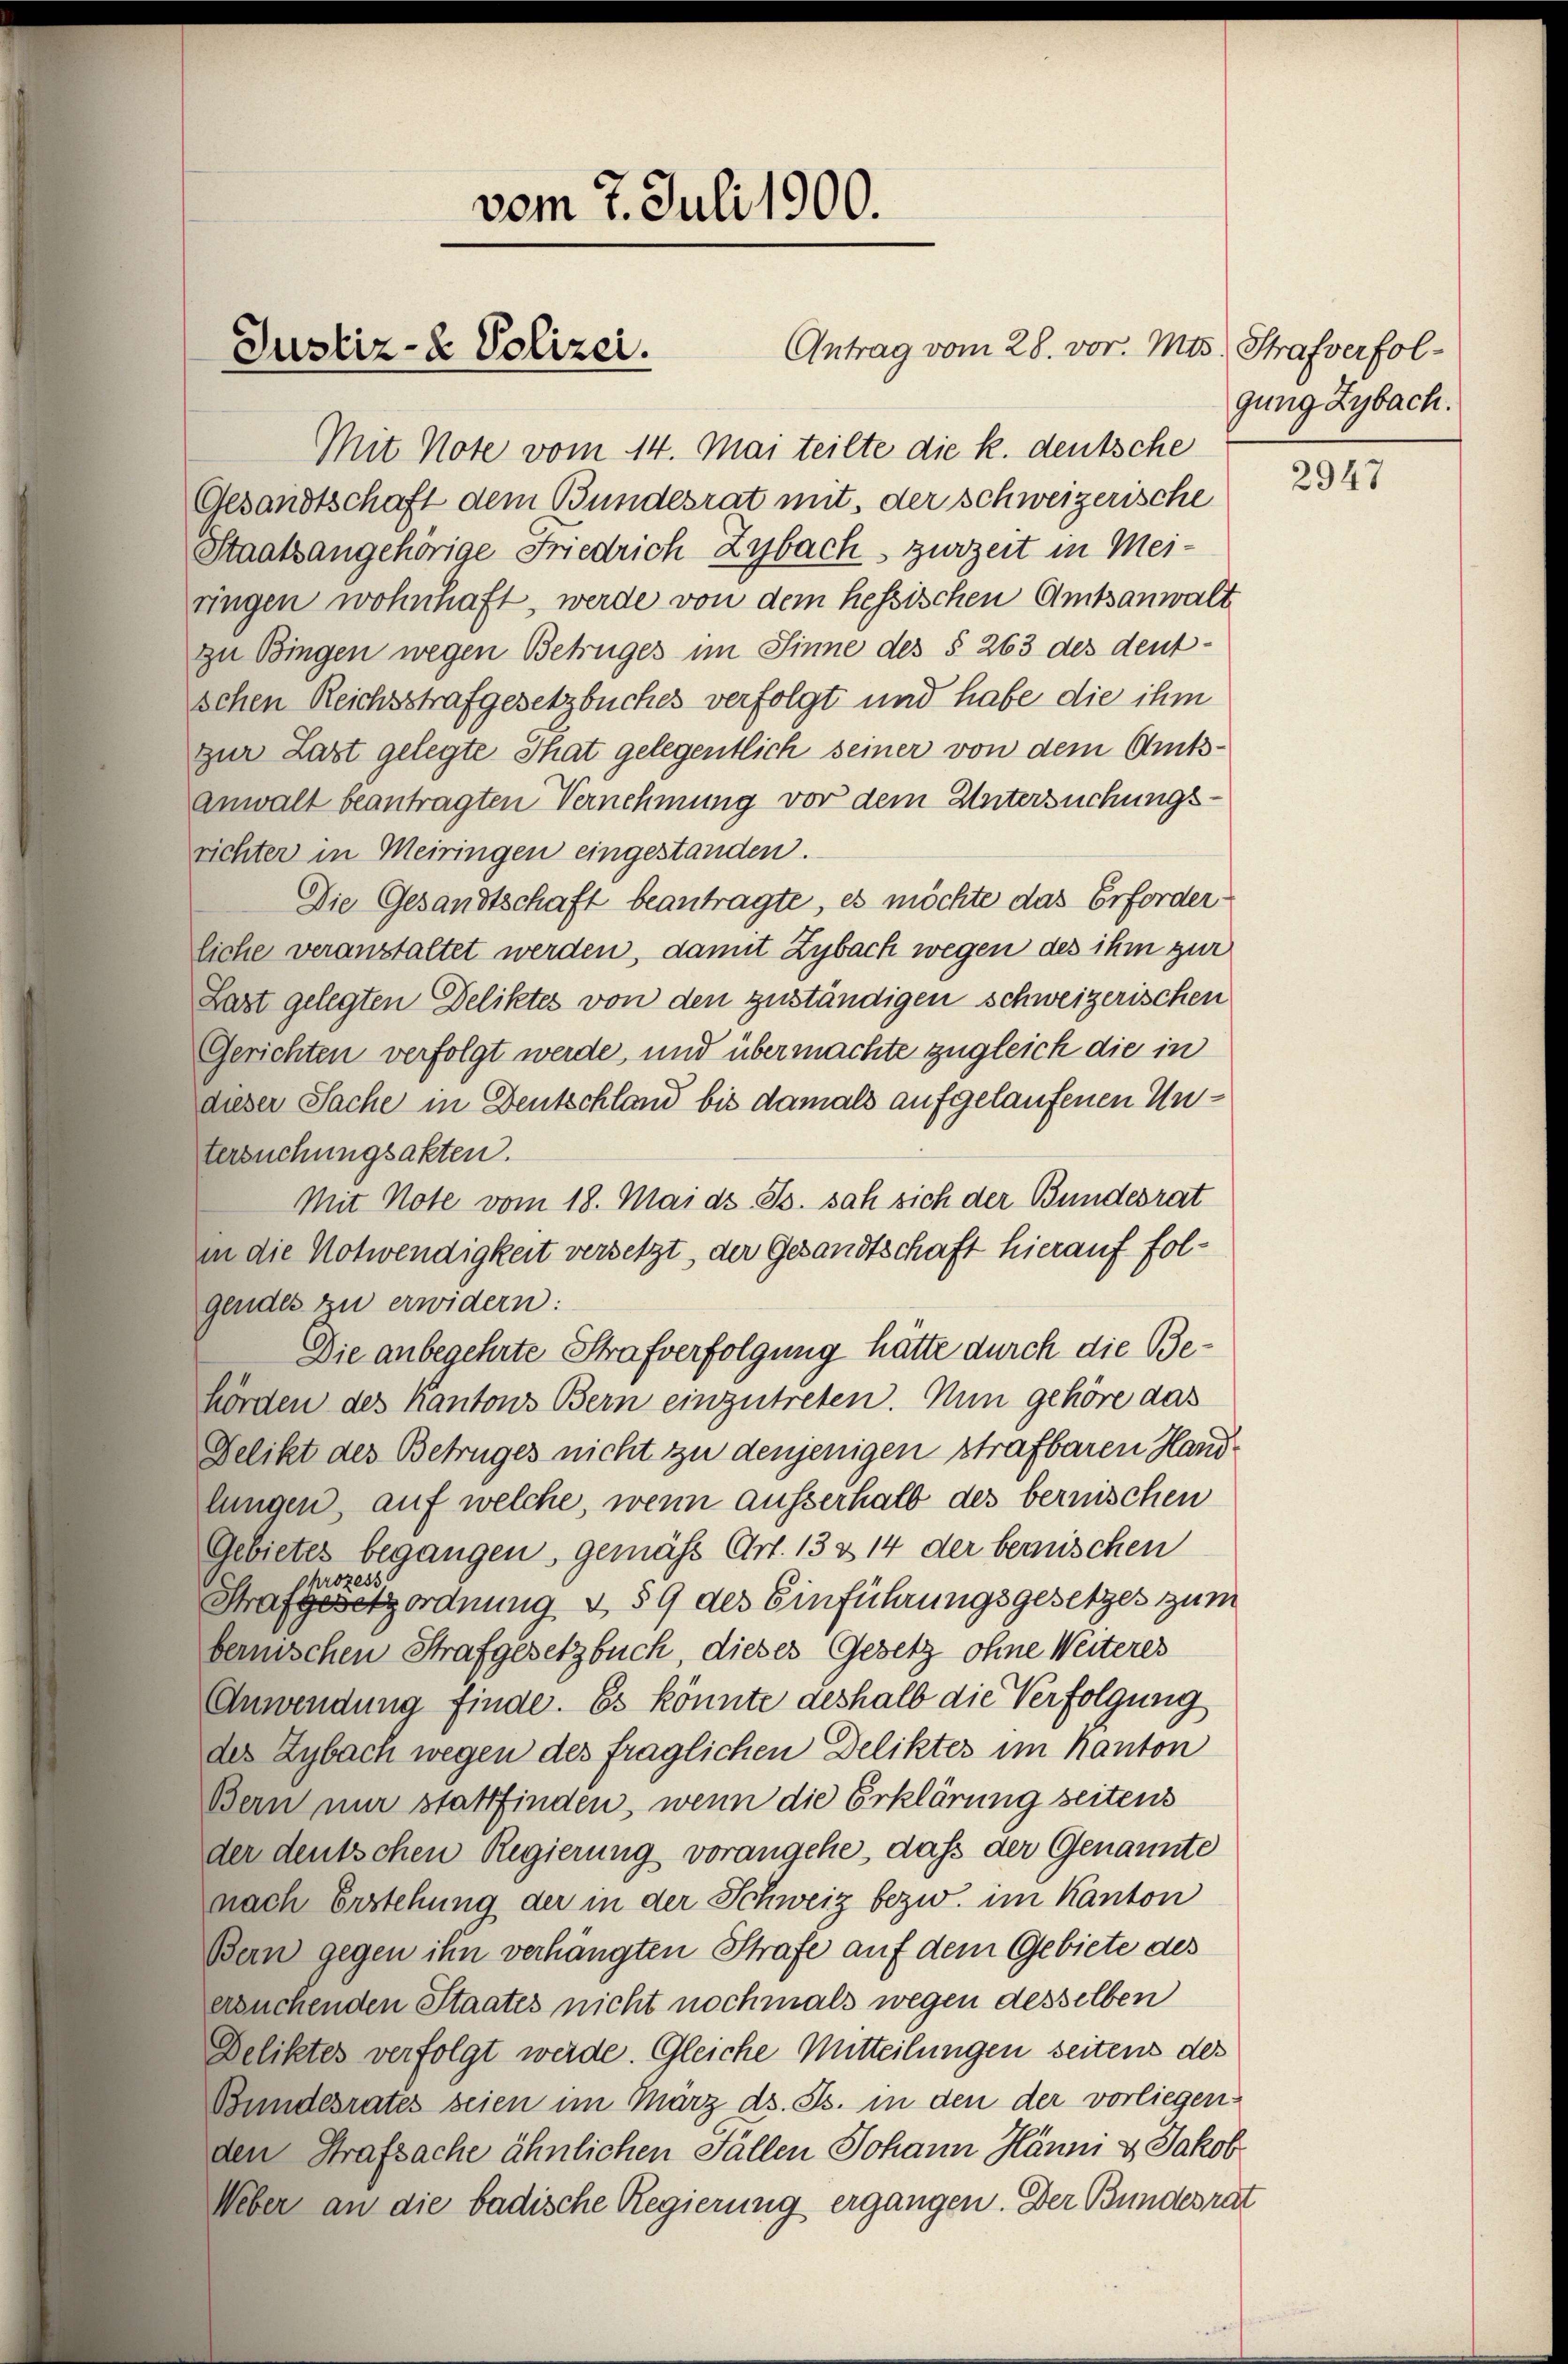
Mit Note vom 14. Mai teilte die k. deutsche
Gesandtschaft dem Bundesrat mit, der schweizerische
Staatsangehörige Friedrich Zybach, zwozeit in Meiringen wohnhaft, werde von dem hessischen Amtsanwalt
zu Bingen wegen Betruges im Sinne des § 263 des deutschen Reichsstrafgesetzbuches verfolgt und habe die ihm
zur Last gelegte That gelegentlich seiner von dem Amtsanwalt beantragten Vernehmung vor dem Untersuchungsrichter in Meiringen eingestanden.
Die Gesandtschaft beantragte, es möchte das Erforder
liche veranstaltet werden, damit Zybach wegen des ihm zur
Last gelegten Deliktes von den zuständigen schweizerischen
Gerichten verfolgt werde, und übermachte zugleich die in
dieser Sache in Deutschland bis damals aufgelaufenen Untersuchungsakten.
Mit Note vom 18. Mai d. Js. sah sich der Bundesrat
in die Notwendigkeit versetzt, der Gesandtschaft hierauf folgendes zu erwidern:
Die anbegehrte Strafverfolgung hatte durch die Behörden des Kantons Bern einzutreten. Nun gehöre das
Delikt des Betruges nicht zu denjenigen strafbaren Handlungen, auf welche, wenn ausserhalb des bernischen
Gebietes begangen, gemäß Art. 13 & 14 der berischen
hrozess
Strafgesetzordnung & 59 des Einführungsgesetzes zum
bemischen Strafgesetzbuch dieses Gesetz ohne Weiteres
Anwendung finde. Es könnte deshalb die Verfolgung
des Zybach wegen des fraglichen Deliktes im Kanton
Bern nur stattfinden, wenn die Erklärung seitens
der deutschen Regierung vorangehe, dass der Genannte
nach Erstehung der in der Schweiz bezw. im Kanton
Bern gegen ihn verhängten Strafe auf dem Gebiete des
ersuchenden Staates nicht nochmals wegen desselben
Deliktes verfolgt werde. Gleiche Mitteilungen seitens des
Bundesrates seien im März ds. Gs. in den der vorliegen
den Strafsache ähnlichen Fällen Johann Hänni & Jakob
Ueber an die badische Regierung ergangen. Der Bundesrat

vom 7. Juli 1900.
Justiz- & Polizei.

Antrag vom 28. vor. Mts. Strafverfol¬

gung Zybach.

2947